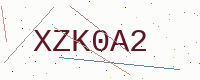
Text: XZK0A2